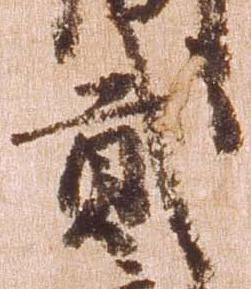
弐